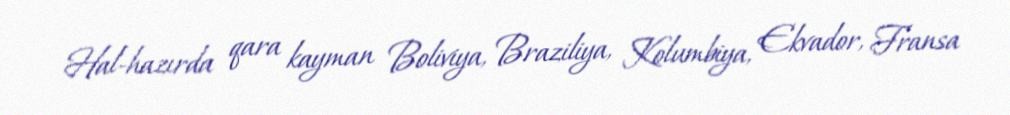
Hal-hazırda qara kayman Boliviya, Braziliya, Kolumbiya, Ekvador, Fransa